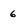
Character: 6